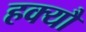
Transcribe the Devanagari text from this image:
हक्यौ